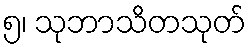
၅၊ သုဘာသိတသုတ်